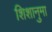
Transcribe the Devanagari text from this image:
शिशानुमा